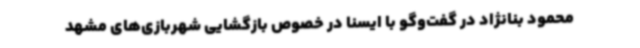
محمود بنانژاد در گفت‌وگو با ایسنا در خصوص بازگشایی شهربازی‌های مشهد